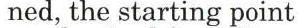
ned, the starting point